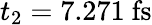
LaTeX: t_{2}=7.271~\mathrm{fs}